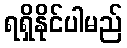
ရရှိနိုင်ပါမည်